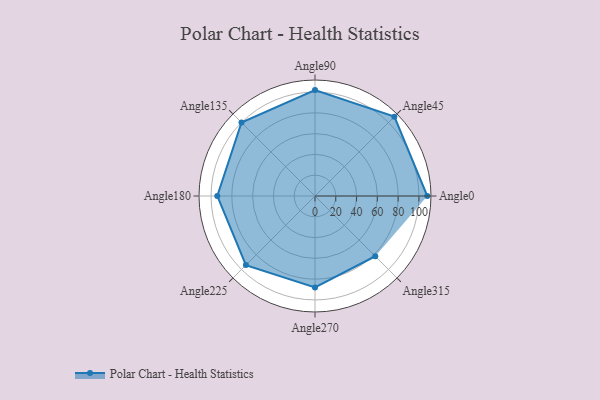
{"axis": {"x": "Angle", "y": "Radius"}, "legend": [""], "data": [{"x": "Angle0", "y": 108.0, "type": ""}, {"x": "Angle45", "y": 108.0, "type": ""}, {"x": "Angle90", "y": 102.0, "type": ""}, {"x": "Angle135", "y": 100.0, "type": ""}, {"x": "Angle180", "y": 94.0, "type": ""}, {"x": "Angle225", "y": 94.0, "type": ""}, {"x": "Angle270", "y": 88.0, "type": ""}, {"x": "Angle315", "y": 82.0, "type": ""}]}